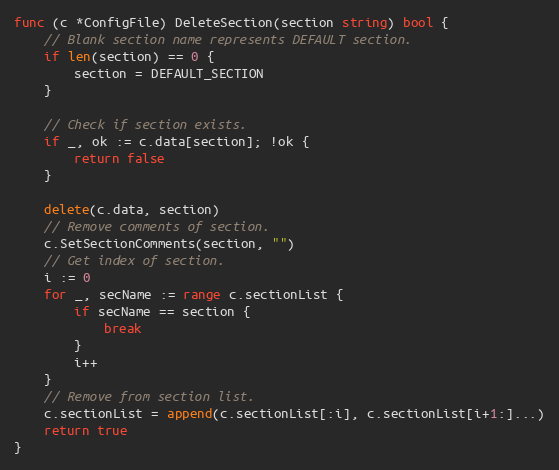
Language: Go
func (c *ConfigFile) DeleteSection(section string) bool {
	// Blank section name represents DEFAULT section.
	if len(section) == 0 {
		section = DEFAULT_SECTION
	}

	// Check if section exists.
	if _, ok := c.data[section]; !ok {
		return false
	}

	delete(c.data, section)
	// Remove comments of section.
	c.SetSectionComments(section, "")
	// Get index of section.
	i := 0
	for _, secName := range c.sectionList {
		if secName == section {
			break
		}
		i++
	}
	// Remove from section list.
	c.sectionList = append(c.sectionList[:i], c.sectionList[i+1:]...)
	return true
}